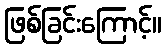
ဖြစ်ခြင်းကြောင့်။